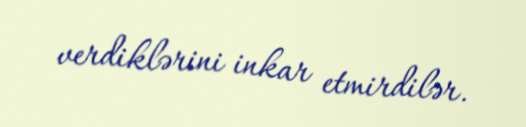
verdiklərini inkar etmirdilər.